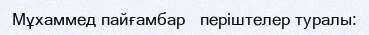
Мұхаммед пайғамбар   періштелер туралы: